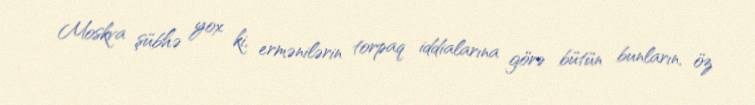
Moskva şübhə yox ki, ermənilərin torpaq iddialarına görə bütün bunların, öz